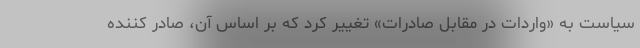
سیاست به «واردات در مقابل صادرات» تغییر کرد که بر اساس آن، صادر کننده